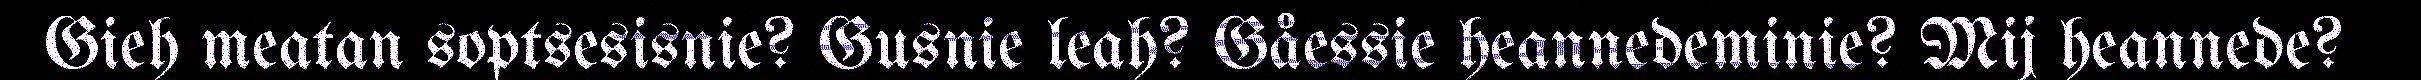
Gieh meatan soptsesisnie? Gusnie leah? Gåessie heannedeminie? Mij heannede?